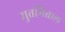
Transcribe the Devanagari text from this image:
मुत्तमित्ताल